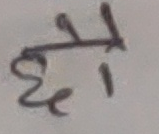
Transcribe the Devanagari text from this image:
है